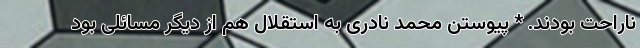
ناراحت بودند. * پیوستن محمد نادری به استقلال هم از دیگر مسائلی بود